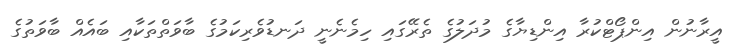
އީރާނުން އިންޕޯޓްކުރާ އިންޑިޔާގެ މުދަލުގެ ތެރޭގައި ހިމެނެނީ ދަނޑުވެރިކަމުގެ ބާވަތްތަކާއި ބައެއް ބާވަތުގެ